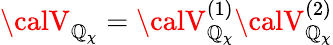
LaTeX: {\calV}_{{\cal\mathbb{Q}}_{\chi}}={\calV}_{{\cal\mathbb{Q}}_{\chi}}^{(1)}{\calV}_{{\cal\mathbb{Q}}_{\chi}}^{(2)}